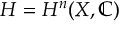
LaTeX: H = H ^ { n } ( X , \mathbb { C } )